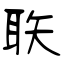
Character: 聅